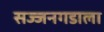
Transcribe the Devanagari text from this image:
सज्जनगडाला